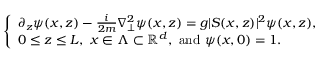
\left\lbrace \begin{array} { l } { \partial _ { z } \psi ( x , z ) - \frac { i } { 2 m } \nabla _ { \perp } ^ { 2 } \psi ( x , z ) = g \vert S ( x , z ) \vert ^ { 2 } \psi ( x , z ) , } \\ { 0 \le z \le L , \ x \in \Lambda \subset \mathbb { R } ^ { d } , \ \mathrm { a n d } \ \psi ( x , 0 ) = 1 . } \end{array} \right.